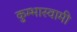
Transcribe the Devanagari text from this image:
कुम्भास्वामी